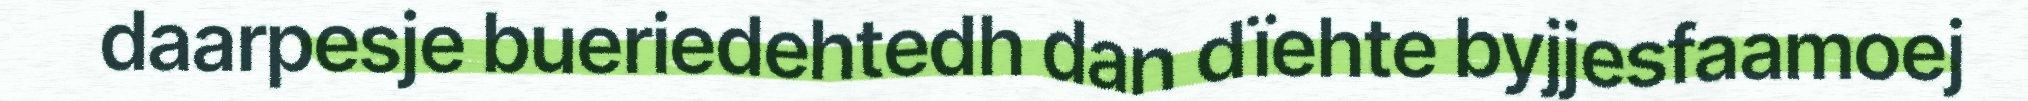
daarpesje bueriedehtedh dan dïehte byjjesfaamoej